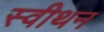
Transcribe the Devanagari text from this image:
स्वीथन